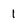
Character: 1